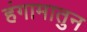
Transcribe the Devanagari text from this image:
हंगामातुन